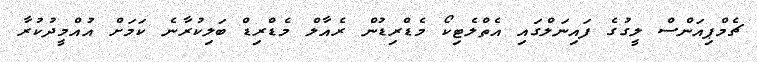
ޗެމްޕިއަންސް ލީގުގެ ފައިނަލްގައި އެތްލެޓިކޯ މެޑްރިޑުން ރެއާލް މެޑްރިޑް ބަލިކުރާނެ ކަމަށް އުއްމީދުކުރާ